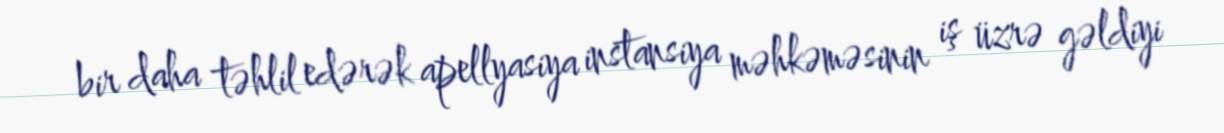
bir daha təhlil edərək apellyasiya instansiya məhkəməsinin iş üzrə gəldiyi